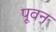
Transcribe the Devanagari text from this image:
पूवन